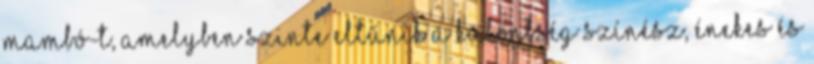
Mambó-t, amelyben szinte eltűnik a különbség színész, énekes és